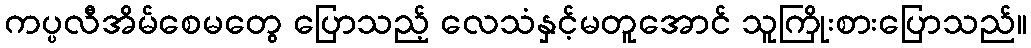
ကပ္ပလီအိမ်စေမတွေ ပြောသည့် လေသံနှင့်မတူအောင် သူကြိုးစားပြောသည်။